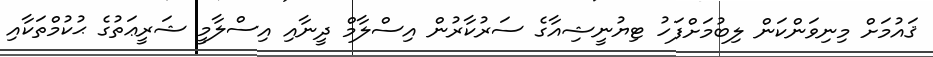
ޤައުމަށް މިނިވަންކަން ލިބުމަށްފަހު ޓިޔުނީޝިއާގެ ސަރުކާރުން އިސްލާމް ދީނާއި އިސްލާމީ ޝަރީޢަތުގެ ޙުކުމްތަކާއި